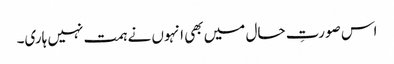
اس صورتِ حال میں بھی انہوں نے ہمت نہیں ہاری۔